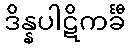
ဒိန္နပါဋိကင်္ခီ